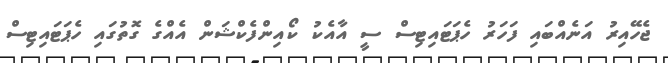
ޖެހޭއިރު އަނެއްބައި ފަހަރު ހެޕަޓައިޓިސް ސީ އާއެކު ކޯއިންފެކްޝަން އެއްގެ ގޮތުގައި ހެޕަޓައިޓިސް